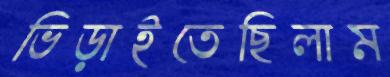
ভিড়াইতেছিলাম